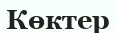
Көктер